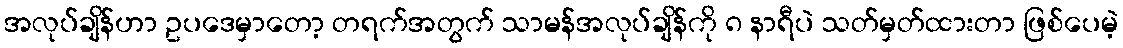
အလုပ်ချိန်ဟာ ဥပဒေမှာတော့ တရက်အတွက် သာမန်အလုပ်ချိန်ကို ၈ နာရီပဲ သတ်မှတ်ထားတာ ဖြစ်ပေမဲ့